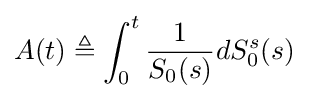
A(t)\triangleq \int _{0}^{t}{\frac {1}{S_{0}(s)}}dS_{0}^{s}(s)